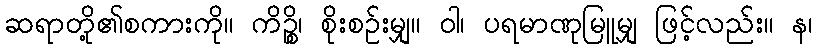
ဆရာတို့၏စကားကို။ ကိဉ္စိ၊ စိုးစဉ်းမျှ။ ဝါ၊ ပရမာဏုမြူမျှ ဖြင့်လည်း။ န၊